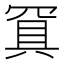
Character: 𰭐